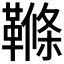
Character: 𩌜